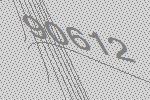
90612